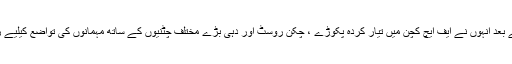
اس کے بعد انہوں نے ایف ایچ کچن میں تیار کردہ پکوڑے ، چکن روسٹ اور دہی بڑے مختلف چٹنیوں کے ساتھ مہمانوں کی تواضع کیلیے رکھے۔